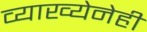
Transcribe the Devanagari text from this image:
व्याख्येनेही